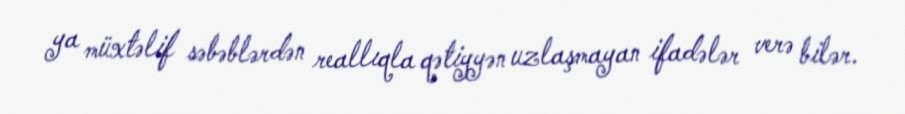
ya müxtəlif səbəblərdən reallıqla qətiyyən uzlaşmayan ifadələr verə bilər.